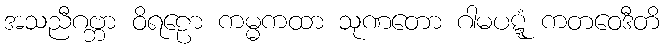
အသညီဂဗ္ဘာ ဝိရဠော ကမ္မကထာ သုဏတော ဂါမပဋ္ဋံ ကတဝေဒီတိ